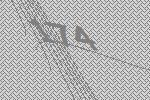
174